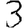
Digit: 3